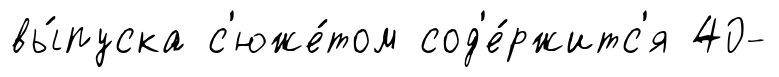
вы́пуска с'юже́том сод'е́ржитс'я 40-